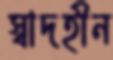
স্বাদহীন